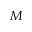
\boldsymbol { M }